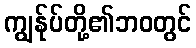
ကျွန်ုပ်တို့၏ဘဝတွင်